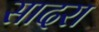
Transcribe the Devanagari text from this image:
सादरा